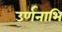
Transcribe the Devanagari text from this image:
उर्णनाभि